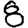
Digit: 8